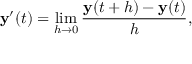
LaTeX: \mathbf { y } ^ { \prime } ( t ) = \operatorname* { l i m } _ { h \to 0 } { \frac { \mathbf { y } ( t + h ) - \mathbf { y } ( t ) } { h } } ,